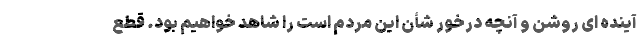
آینده ای روشن و آنچه درخور شأن این مردم است را شاهد خواهیم بود. قطع